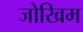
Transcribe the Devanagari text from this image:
जोखिम